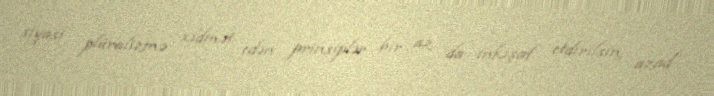
siyasi plüralizmə xidmət edən prinsiplər bir az da inkişaf etdirilsin, azad